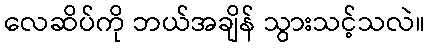
လေဆိပ်ကို ဘယ်အချိန် သွားသင့်သလဲ။